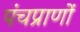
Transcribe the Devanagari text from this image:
पंचप्राणों